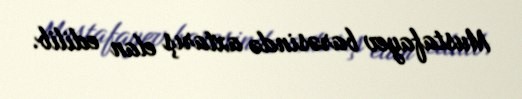
Mustafayev barəsində axtarış elan edilib.